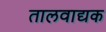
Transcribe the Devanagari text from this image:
तालवाद्यक